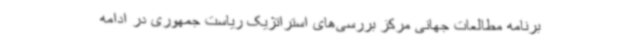
برنامه مطالعات جهانی مرکز بررسی‌های استراتژیک ریاست جمهوری در ادامه